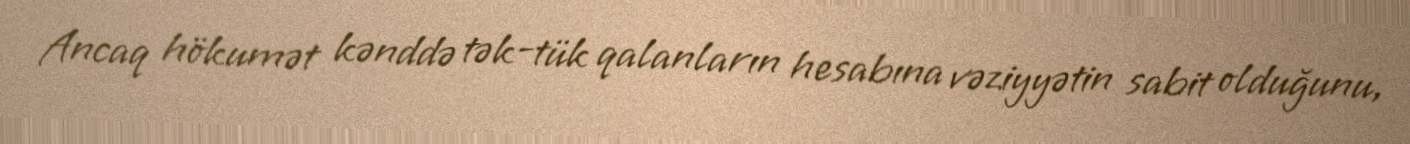
Ancaq hökumət kənddə tək-tük qalanların hesabına vəziyyətin sabit olduğunu,